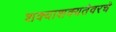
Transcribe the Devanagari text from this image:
शक्याशक्यतेवरचे